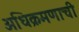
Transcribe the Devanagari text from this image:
अधिक्रमणाची